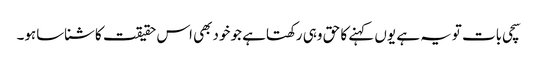
سچی بات تویہ ہے یوں کہنے کا حق وہی رکھتاہے جو خودبھی اس حقیقت کاشناساہو۔